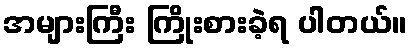
အများကြီး ကြိုးစားခဲ့ရ ပါတယ်။